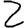
Digit: 2